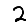
Digit: 2